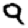
Digit: 9